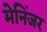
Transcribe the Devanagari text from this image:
मेनिंजर